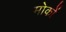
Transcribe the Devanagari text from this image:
मोकों